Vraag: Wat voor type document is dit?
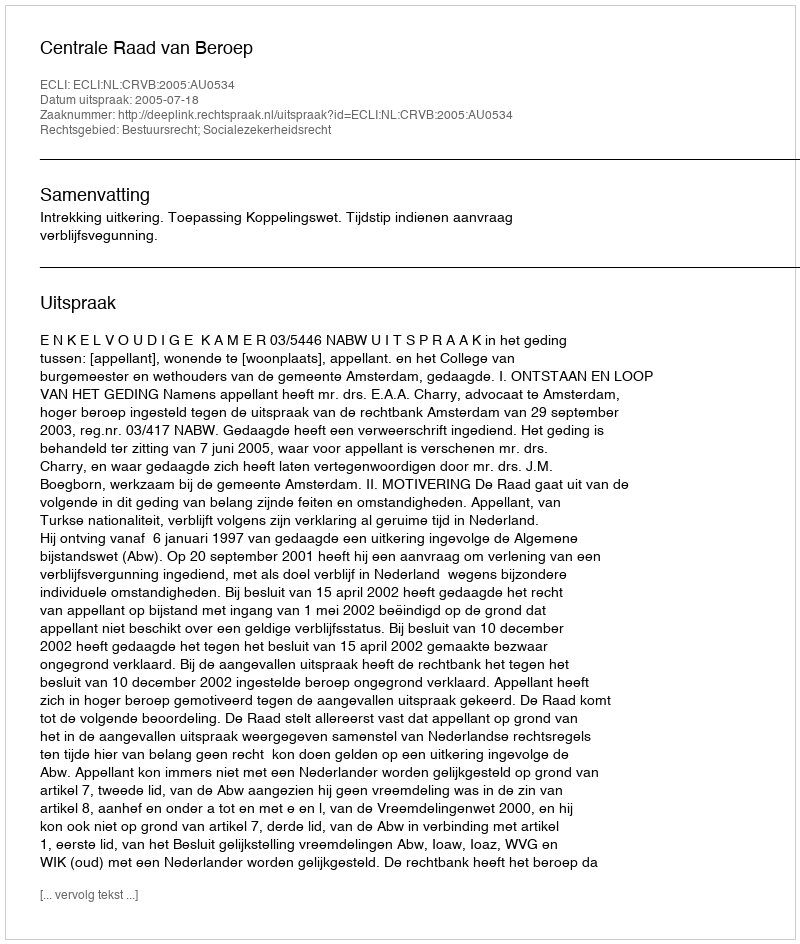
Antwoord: Uitspraak